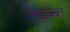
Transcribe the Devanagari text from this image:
इडक्‍का